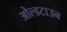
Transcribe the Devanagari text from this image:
ओल्डटाउन